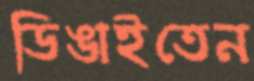
ডিঙাইতেন